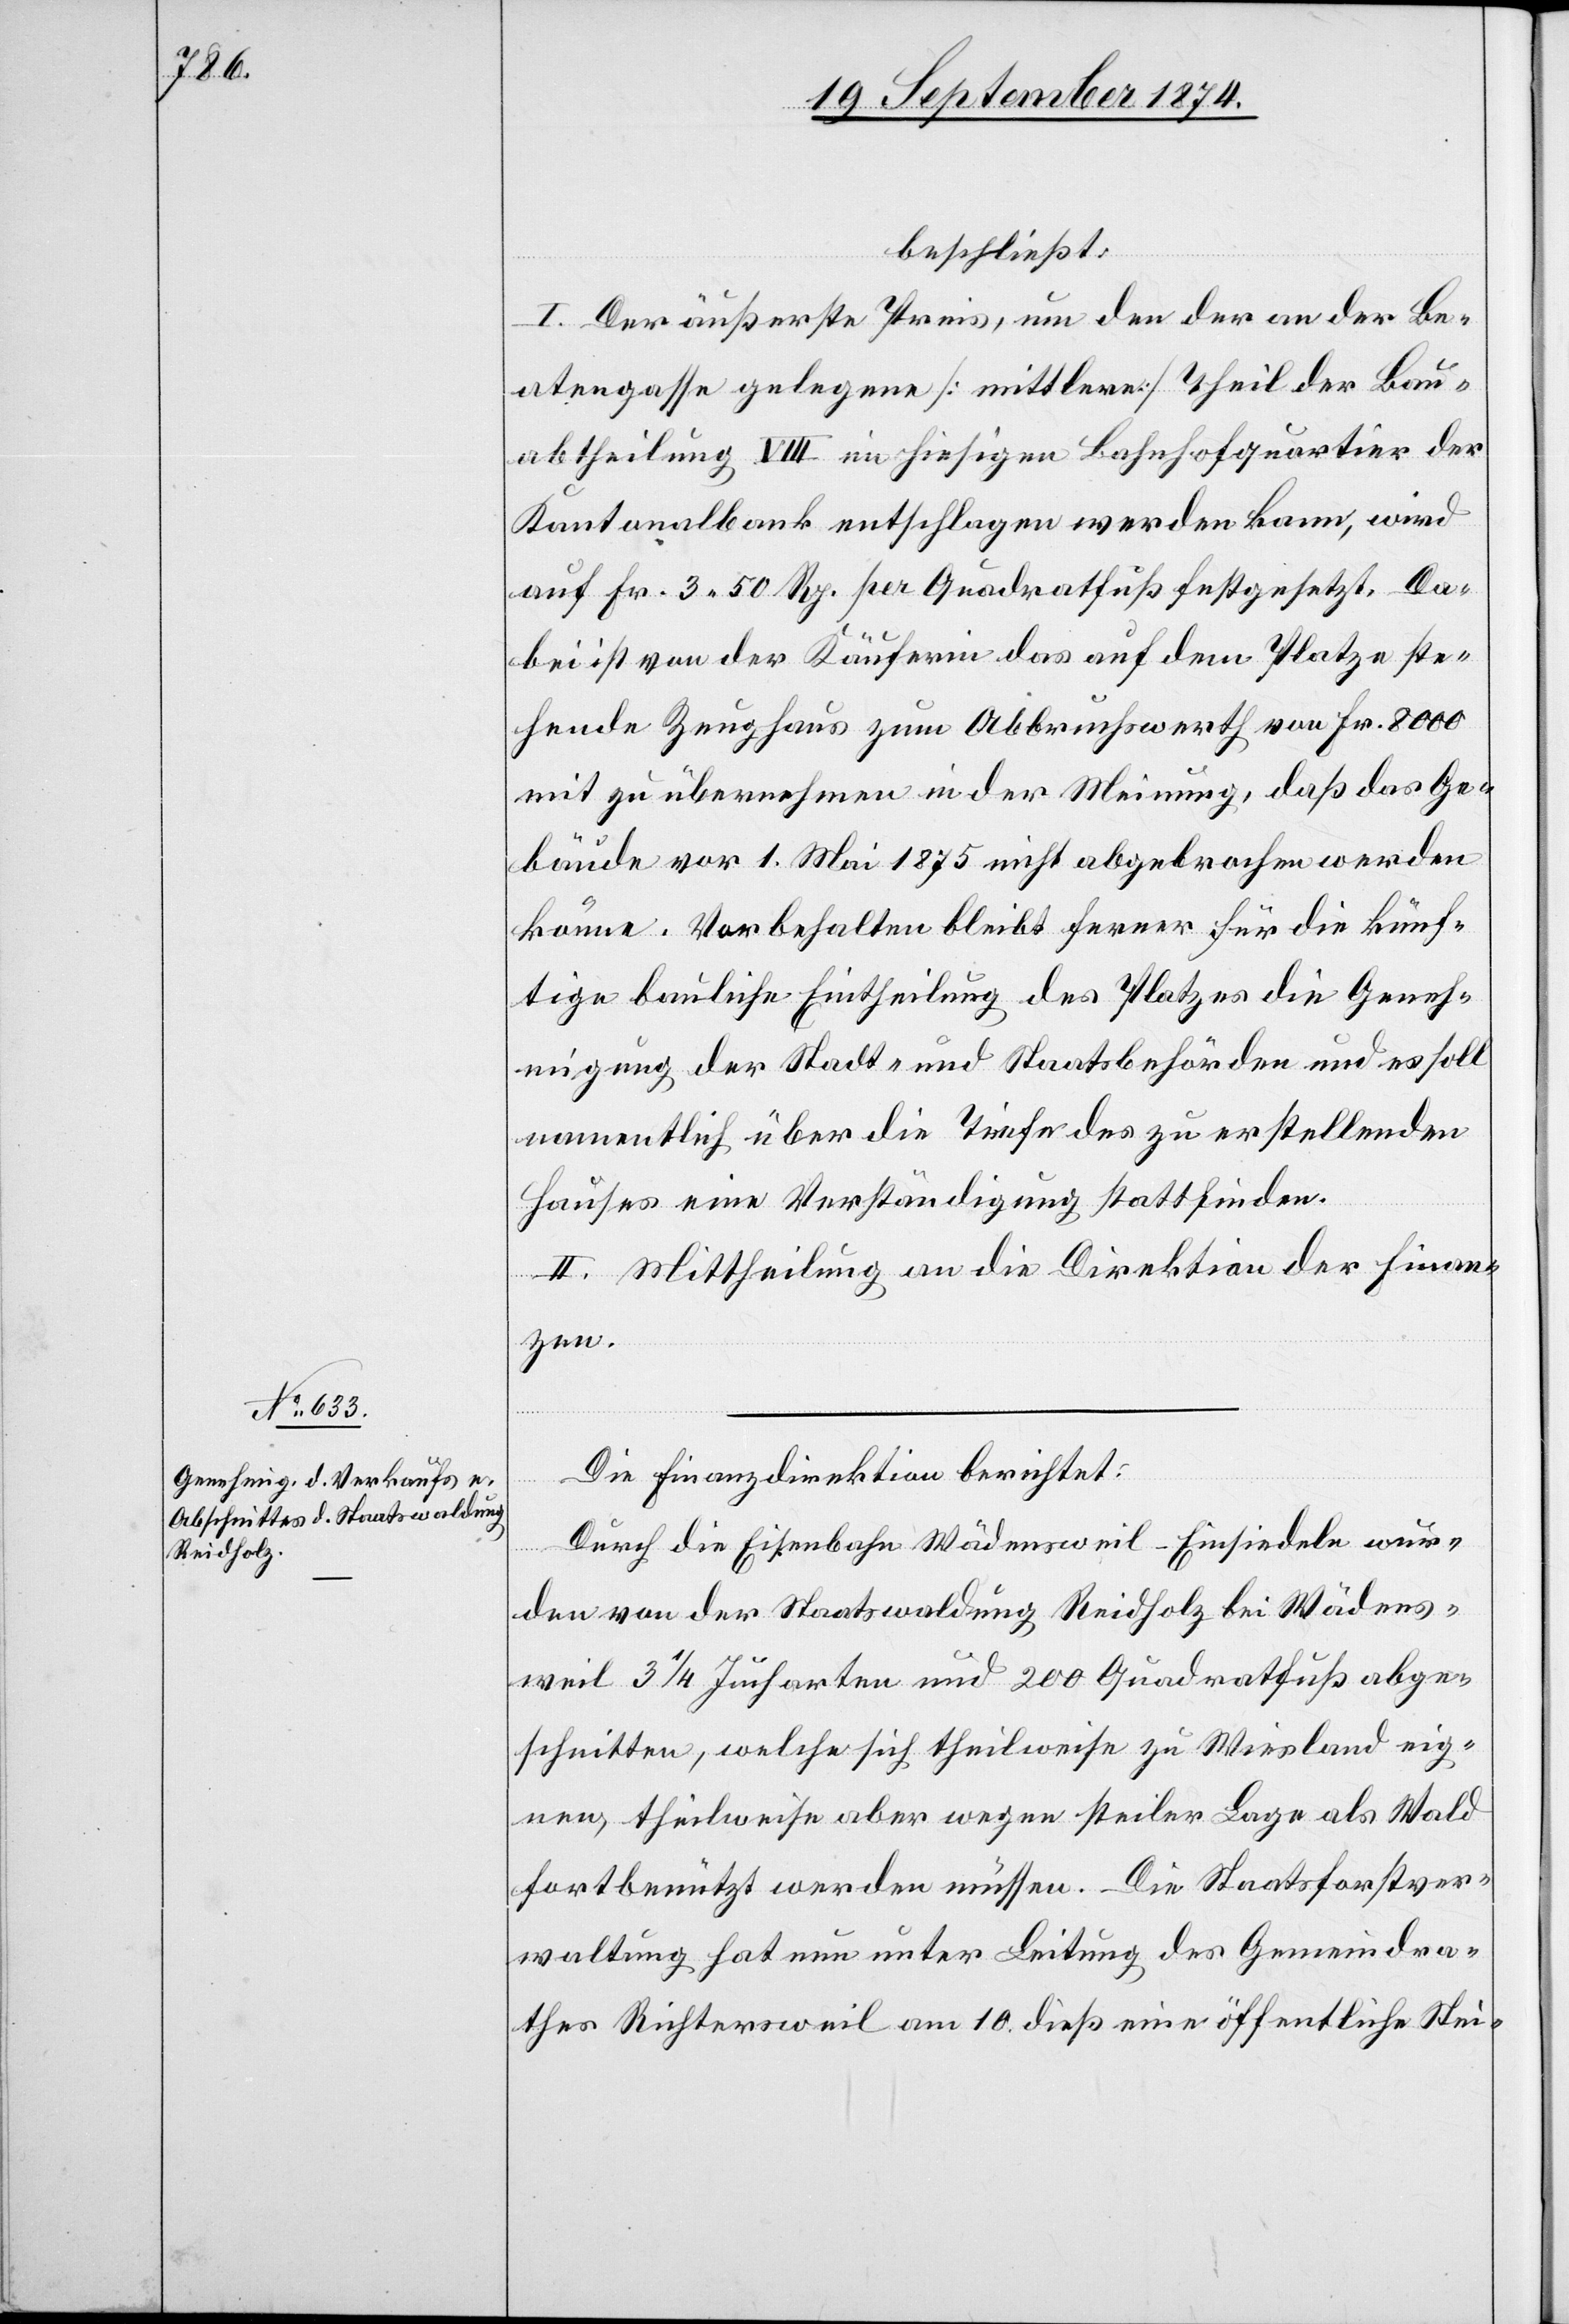
beschließt:
I. Der äußerste Preis, um den der an der Be¬
atengasse gelegene [mittlere] Theil der Bau¬
abtheilung VIII im hiesigen Bahnhofquartier der
Kantonalbank entschlagen werden kann, wird
auf Fr. 3.50 Rp. per Quadratfuß festgesetzt. Da¬
bei ist von der Käuferin das auf dem Platze ste¬
hende Zeughaus zum Abbruchwerth von Fr. 8000
mit zu übernehmen in der Meinung, daß das Ge¬
bäude vor 1. Mai 1875 nicht abgebrochen werden
könne. Vorbehalten bleibt ferner für die künf¬
tige bauliche Eintheilung des Platzes die Geneh¬
migung der Stadt- und Staatsbehörde und es soll
namentlich über die Tiefe des zu erstellenden
Hauses eine Verständigung stattfinden.
II. Mittheilung an die Direktion der Finan¬
zen.
Die Finanzdirektion berichtet:
Durch die Eisenbahn Wädensweil–Einsiedeln wur¬
den von der Staatswaldung Reidholz bei Wädens¬
weil 3 1/3 Jucharten und 200 Quadratfuß abge¬
schnitten, welche sich theilweise zu Wiesland eig¬
nen, theilweise aber wegen steiler Lage als Wald
fortbenützt werden müssen. Die Staatsforstver¬
waltung hat nun unter Leitung des Gemeindra¬
thes Richtersweil am 10. dieß eine öffentliche Stei-